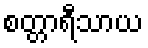
စတ္တာရီသာယ